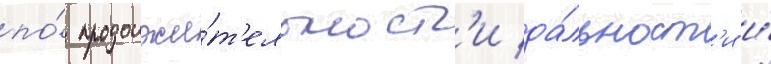
по́ продолжи́т'ельност'и да́льност'и и́